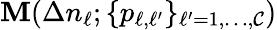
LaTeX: {\mathbf M}(\Delta n_{\ell};{\{ p_{\ell,\ell^{\prime}}\} _{\ell^{\prime}=1,\dots,\mathcal{C}}})